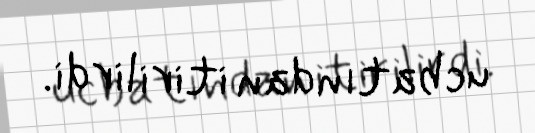
ucbatından itirilirdi.